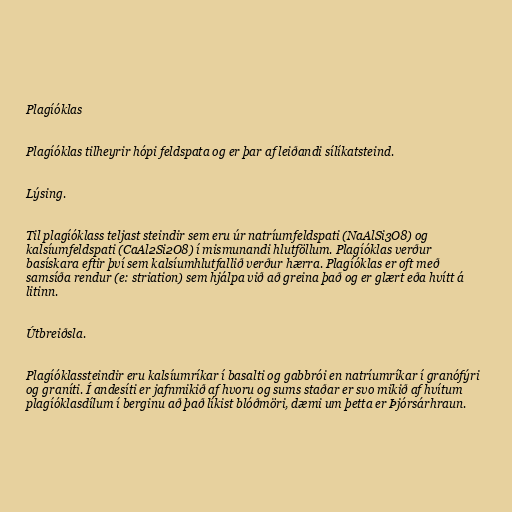
Plagíóklas

Plagíóklas tilheyrir hópi feldspata og er þar af leiðandi sílíkatsteind.

Lýsing.

Til plagíóklass teljast steindir sem eru úr natríumfeldspati (NaAlSi3O8) og
kalsíumfeldspati (CaAl2Si2O8) í mismunandi hlutföllum. Plagíóklas verður
basískara eftir því sem kalsíumhlutfallið verður hærra. Plagíóklas er oft með
samsíða rendur (e: striation) sem hjálpa við að greina það og er glært eða hvítt á
litinn.

Útbreiðsla.

Plagíóklassteindir eru kalsíumríkar í basalti og gabbrói en natríumríkar í granófýri
og graníti. Í andesíti er jafnmikið af hvoru og sums staðar er svo mikið af hvítum
plagíóklasdílum í berginu að það líkist blóðmöri, dæmi um þetta er Þjórsárhraun.